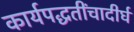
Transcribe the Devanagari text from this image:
कार्यपद्धतींचादीर्घ